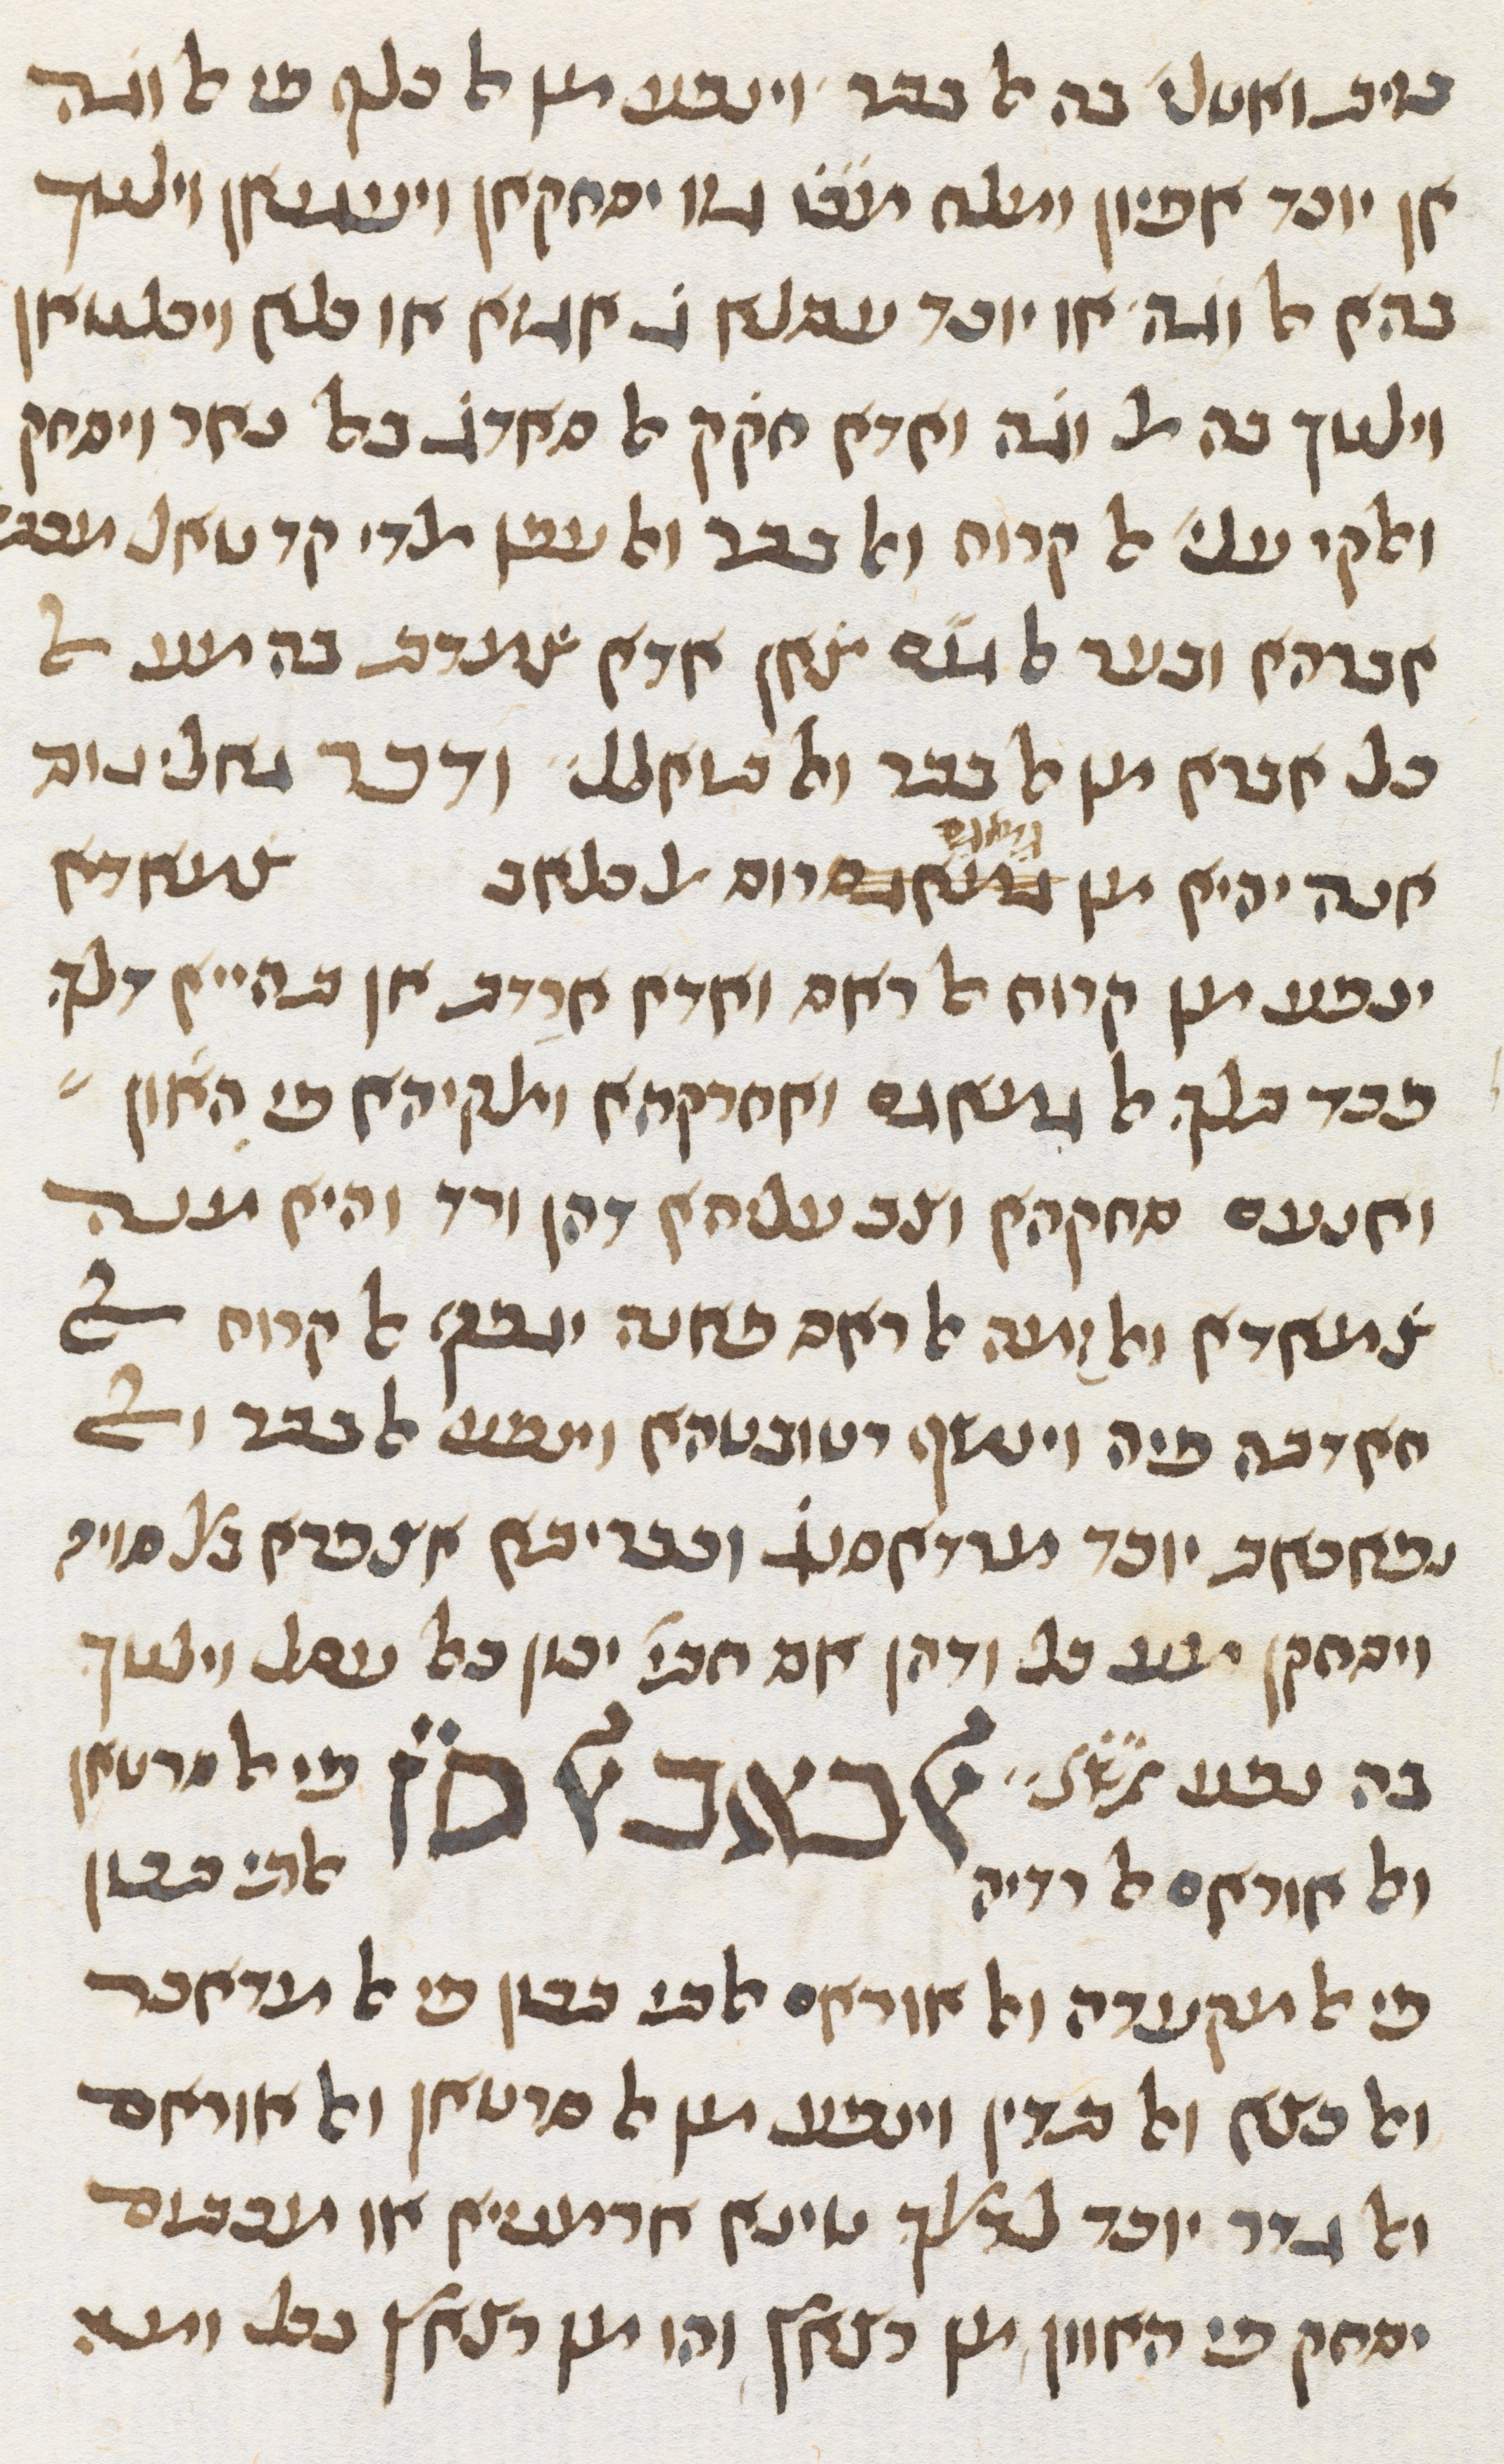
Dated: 1413–1413